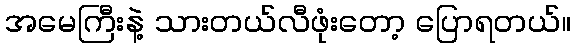
အမေကြီးနဲ့ သားတယ်လီဖုံးတော့ ပြောရတယ်။